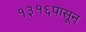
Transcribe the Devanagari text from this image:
१३१६पासून